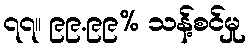
၇၇။ ၉၉.၉၉% သန့်စင်မှု